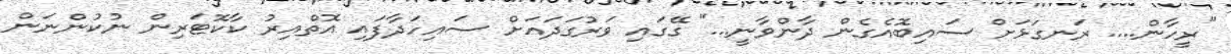
"ރީހާން.... ރަނގަޅަށް ސައިބޮއެގެން ދާންވާނީ..." ގޭގައި ވަރުގަދައަށް ސައިހަދާފައި އޮތްއިރު ކާކޮޓަރިން ނުކުންނަން